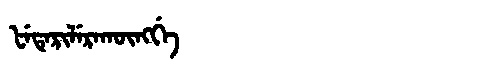
Manchu: ᡶᡝᡨᡝᡵᡳᠯᡝᡵᠠᡴᡡᠩᡤᡝ
Romanization: FETERILERAKŪNGGE